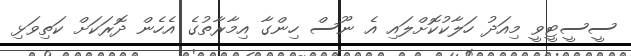
ސީސީޓީވީ މިއަދު ހަލާކުކޮށްލައި އެ ނޫސް ހިންގާ އިމާރާތުގެ އެހެން ދޮރަކަށް ކަތިވަޅި